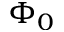
\Phi _ { 0 }